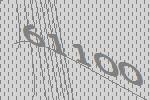
61100